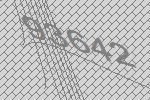
93642